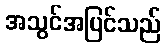
အသွင်အပြင်သည်